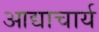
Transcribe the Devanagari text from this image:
आद्याचार्य